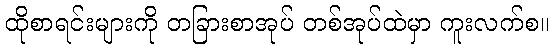
ထိုစာရင်းများကို တခြားစာအုပ် တစ်အုပ်ထဲမှာ ကူးလက်စ။